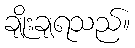
ချိုးချရသည်။